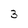
Character: 3